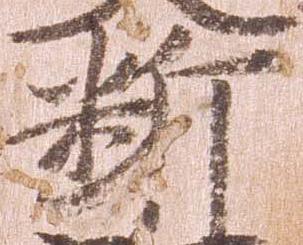
断